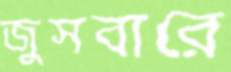
জুসবারে